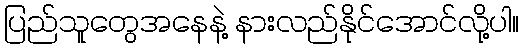
ပြည်သူတွေအနေနဲ့ နားလည်နိုင်အောင်လို့ပါ။